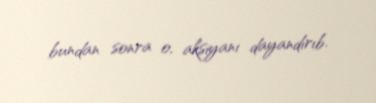
bundan sonra o, aksiyanı dayandırıb.